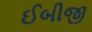
ઈબીજી